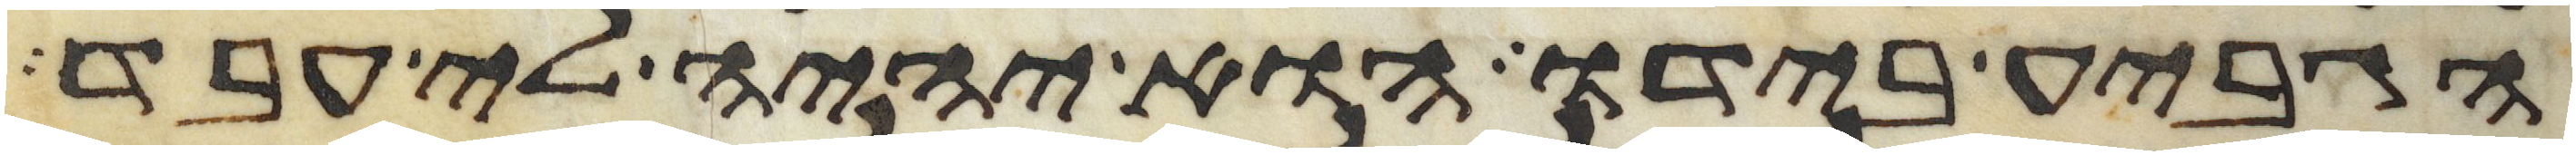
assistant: הגביע בידו הוא יהיה לי עבד